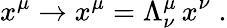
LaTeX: x^{\mu}\rightarrow x^{\mu}=\Lambda_{\nu}^{\mu}\, x^{\nu}\; .